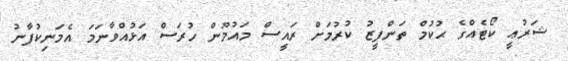
ޝަރުޢީ ކޯޓެއްގެ ޙުކުމް ތަންފީޒު ކުރުމަށް ރައީސް މައުމޫން ހުރަސް އަޅުއްވާނަމަ އެމަނިކުފާނު